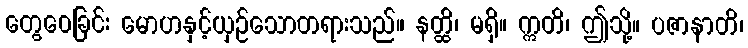
တွေဝေခြင်း မောဟနှင့်ယှဉ်သောတရားသည်။ နတ္ထိ၊ မရှိ။ ဣတိ၊ ဤသို့။ ပဇာနာတိ၊